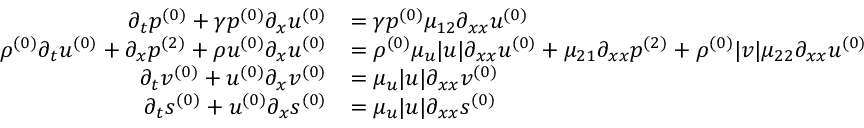
\begin{array} { r l } { \partial _ { t } \ensuremath { p ^ { ( 0 ) } } + \gamma \ensuremath { p ^ { ( 0 ) } } \partial _ { x } \ensuremath { u ^ { ( 0 ) } } } & { = \gamma \ensuremath { p ^ { ( 0 ) } } \mu _ { 1 2 } \partial _ { x x } \ensuremath { u ^ { ( 0 ) } } } \\ { \ensuremath { \rho ^ { ( 0 ) } } \partial _ { t } \ensuremath { u ^ { ( 0 ) } } + \partial _ { x } \ensuremath { p ^ { ( 2 ) } } + \ensuremath { \rho u ^ { ( 0 ) } } \partial _ { x } \ensuremath { u ^ { ( 0 ) } } } & { = \ensuremath { \rho ^ { ( 0 ) } } \mu _ { u } | u | \partial _ { x x } \ensuremath { u ^ { ( 0 ) } } + \mu _ { 2 1 } \partial _ { x x } \ensuremath { p ^ { ( 2 ) } } + \ensuremath { \rho ^ { ( 0 ) } } | v | \mu _ { 2 2 } \partial _ { x x } \ensuremath { u ^ { ( 0 ) } } } \\ { \partial _ { t } \ensuremath { v ^ { ( 0 ) } } + \ensuremath { u ^ { ( 0 ) } } \partial _ { x } \ensuremath { v ^ { ( 0 ) } } } & { = \mu _ { u } | u | \partial _ { x x } \ensuremath { v ^ { ( 0 ) } } } \\ { \partial _ { t } \ensuremath { s ^ { ( 0 ) } } + \ensuremath { u ^ { ( 0 ) } } \partial _ { x } \ensuremath { s ^ { ( 0 ) } } } & { = \mu _ { u } | u | \partial _ { x x } \ensuremath { s ^ { ( 0 ) } } } \end{array}